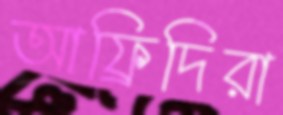
আফ্রিদিরা